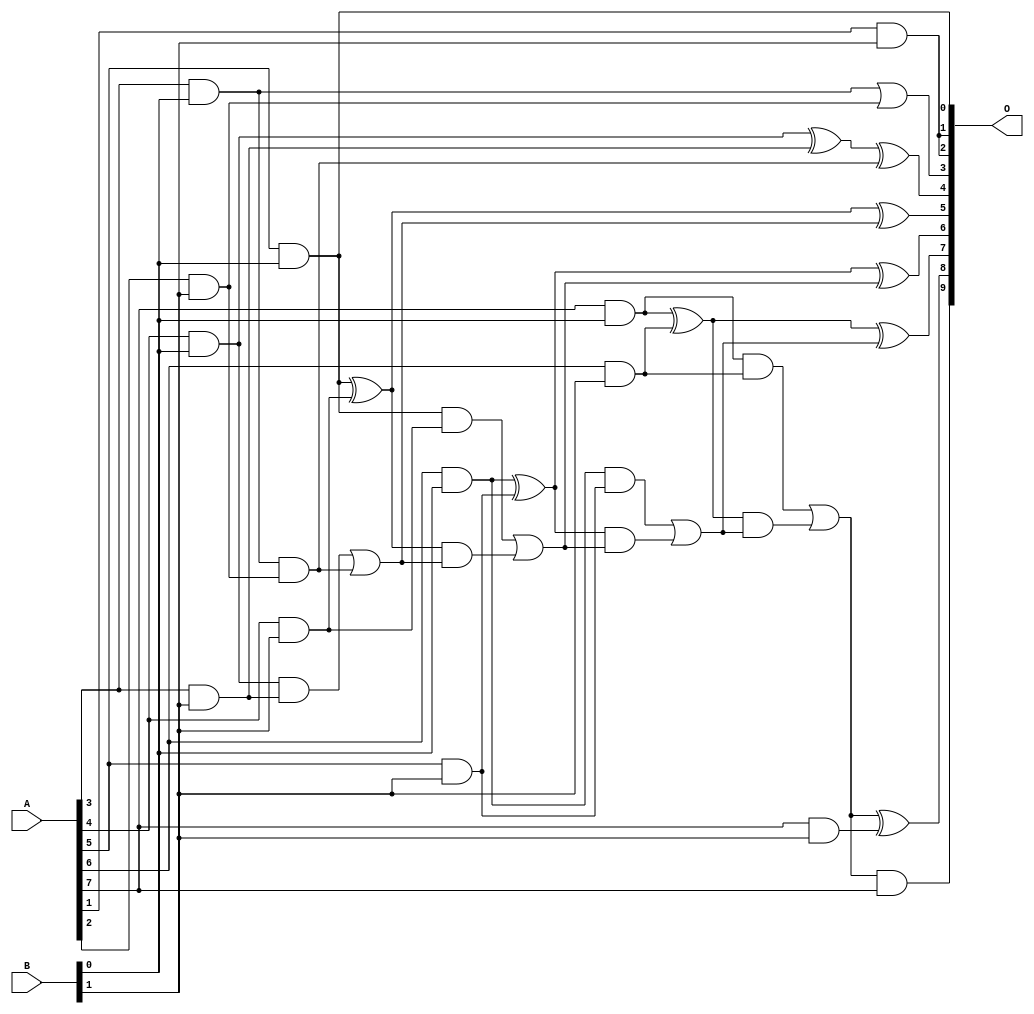
// This program was cloned from: https://github.com/ehw-fit/evoapproxlib
// License: MIT License

/***
* This code is a part of EvoApproxLib library (ehw.fit.vutbr.cz/approxlib) distributed under The MIT License.
* When used, please cite the following article(s): V. Mrazek, L. Sekanina, Z. Vasicek "Libraries of Approximate Circuits: Automated Design and Application in CNN Accelerators" IEEE Journal on Emerging and Selected Topics in Circuits and Systems, Vol 10, No 4, 2020 
* This file contains a circuit from a sub-set of pareto optimal circuits with respect to the pwr and ep parameters
***/
// MAE% = 0.17 %
// MAE = 1.7 
// WCE% = 0.68 %
// WCE = 7.0 
// WCRE% = 100.00 %
// EP% = 56.25 %
// MRE% = 3.54 %
// MSE = 7.0 
// PDK45_PWR = 0.023 mW
// PDK45_AREA = 87.3 um2
// PDK45_DELAY = 0.52 ns

module mul8x2u_015 (
    A,
    B,
    O
);

input [7:0] A;
input [1:0] B;
output [9:0] O;

wire sig_13,sig_14,sig_15,sig_16,sig_17,sig_19,sig_20,sig_21,sig_22,sig_23,sig_24,sig_25,sig_33,sig_34,sig_38,sig_39,sig_40,sig_41,sig_42,sig_43;
wire sig_44,sig_45,sig_46,sig_47,sig_48,sig_49,sig_50,sig_51,sig_52,sig_53,sig_54,sig_55,sig_56,sig_57,sig_58,sig_59;

assign sig_13 = A[3] & B[0];
assign sig_14 = A[4] & B[0];
assign sig_15 = A[5] & B[0];
assign sig_16 = A[6] & B[0];
assign sig_17 = A[7] & B[0];
assign sig_19 = A[1] & B[1];
assign sig_20 = A[2] & B[1];
assign sig_21 = A[3] & B[1];
assign sig_22 = A[4] & B[1];
assign sig_23 = A[5] & B[1];
assign sig_24 = A[6] & B[1];
assign sig_25 = A[7] & B[1];
assign sig_33 = sig_13 | sig_20;
assign sig_34 = sig_13 & sig_20;
assign sig_38 = sig_14 ^ sig_21;
assign sig_39 = sig_14 & sig_21;
assign sig_40 = sig_20 & sig_13;
assign sig_41 = sig_38 ^ sig_34;
assign sig_42 = sig_39 | sig_40;
assign sig_43 = sig_15 ^ sig_22;
assign sig_44 = sig_15 & sig_22;
assign sig_45 = sig_43 & sig_42;
assign sig_46 = sig_43 ^ sig_42;
assign sig_47 = sig_44 | sig_45;
assign sig_48 = sig_16 ^ sig_23;
assign sig_49 = sig_16 & sig_23;
assign sig_50 = sig_48 & sig_47;
assign sig_51 = sig_48 ^ sig_47;
assign sig_52 = sig_49 | sig_50;
assign sig_53 = sig_17 ^ sig_24;
assign sig_54 = sig_17 & sig_24;
assign sig_55 = sig_53 & sig_52;
assign sig_56 = sig_53 ^ sig_52;
assign sig_57 = sig_54 | sig_55;
assign sig_58 = sig_57 & A[7];
assign sig_59 = sig_57 ^ sig_25;

assign O[9] = sig_58;
assign O[8] = sig_59;
assign O[7] = sig_56;
assign O[6] = sig_51;
assign O[5] = sig_46;
assign O[4] = sig_41;
assign O[3] = sig_33;
assign O[2] = sig_19;
assign O[1] = sig_19;
assign O[0] = sig_15;

endmodule